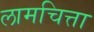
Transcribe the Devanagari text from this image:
लामचित्ता